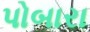
પોબારા